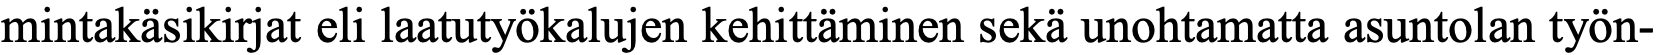
mintakäsikirjat eli laatutyökalujen kehittäminen sekä unohtamatta asuntolan työn-